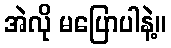
အဲလို မပြောပါနဲ့။